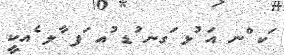
ަކ ްނ އަ ުޅ ަގނ ުޑ ުއ ަފ ާލ ެއކީ